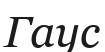
Гаус